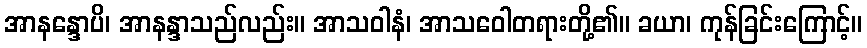
အာနန္ဒောပိ၊ အာနန္ဒာသည်လည်း။ အာသဝါနံ၊ အာသဝေါတရားတို့၏။ ခယာ၊ ကုန်ခြင်းကြောင့်။